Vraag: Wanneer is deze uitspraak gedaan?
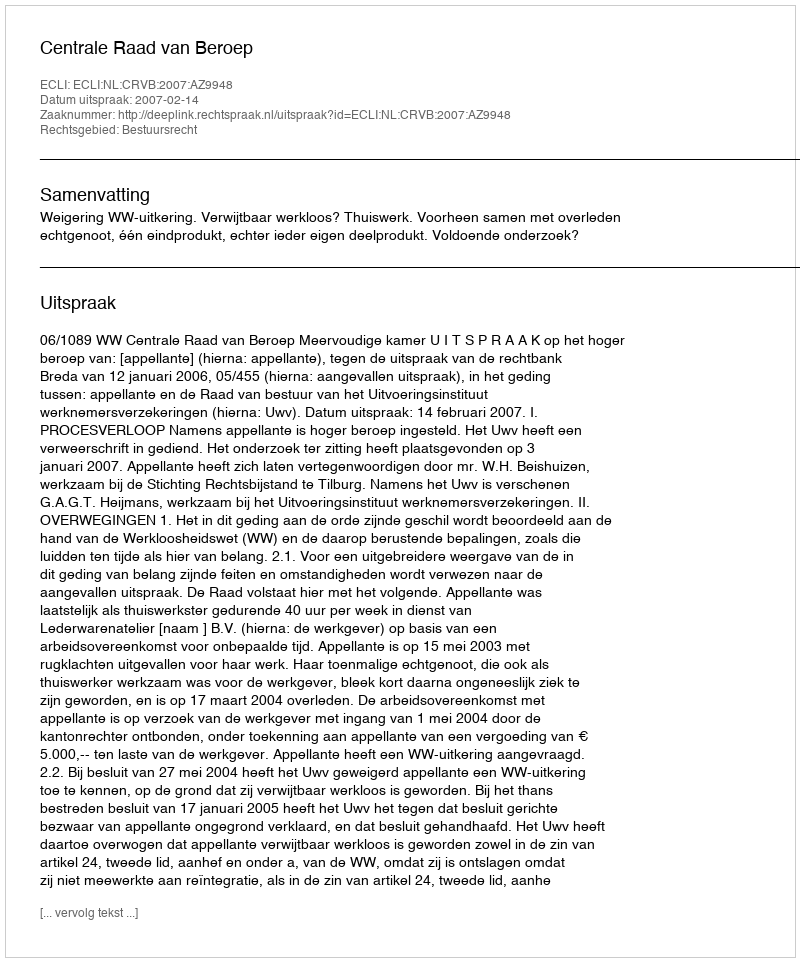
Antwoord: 2007-02-14